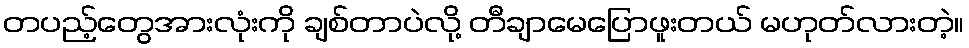
တပည့်တွေအားလုံးကို ချစ်တာပဲလို့ တီချာမေပြောဖူးတယ် မဟုတ်လားတဲ့။